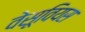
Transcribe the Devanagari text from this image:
वेसूवियस